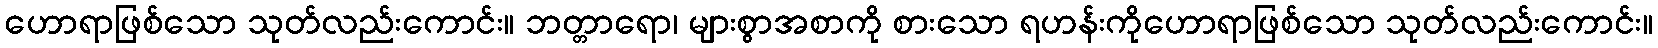
ဟောရာဖြစ်သော သုတ်လည်းကောင်း။ ဘတ္တာရော၊ များစွာအစာကို စားသော ရဟန်းကိုဟောရာဖြစ်သော သုတ်လည်းကောင်း။